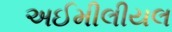
અઈમીલીયલ